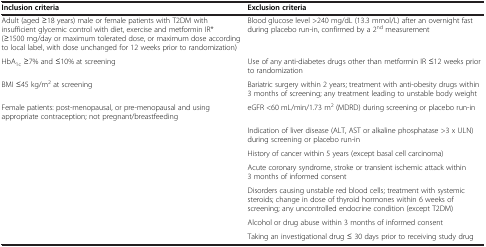
<table><thead><tr><td><b>Inclusion criteria</b></td><td><b>Exclusion criteria</b></td></tr></thead><tbody><tr><td>Adult (aged ≥18 years) male or female patients with T2DM with insufficient glycemic control with diet, exercise and metformin IR* (≥1500 mg/day or maximum tolerated dose, or maximum dose according to local label, with dose unchanged for 12 weeks prior to randomization)</td><td>Blood glucose level &gt;240 mg/dL (13.3 mmol/L) after an overnight fast during placebo run-in, confirmed by a 2<sup>nd</sup> measurement</td></tr><tr><td>HbA<sub>1c</sub> ≥7% and ≤10% at screening</td><td>Use of any anti-diabetes drugs other than metformin IR ≤12 weeks prior to randomization</td></tr><tr><td>BMI ≤45 kg/m<sup>2</sup> at screening</td><td>Bariatric surgery within 2 years; treatment with anti-obesity drugs within 3 months of screening; any treatment leading to unstable body weight</td></tr><tr><td>Female patients: post-menopausal, or pre-menopausal and using appropriate contraception; not pregnant/breastfeeding</td><td>eGFR &lt;60 mL/min/1.73 m<sup>2</sup> (MDRD) during screening or placebo run-in</td></tr><tr><td> </td><td>Indication of liver disease (ALT, AST or alkaline phosphatase &gt;3 x ULN) during screening or placebo run-in</td></tr><tr><td> </td><td>History of cancer within 5 years (except basal cell carcinoma)</td></tr><tr><td> </td><td>Acute coronary syndrome, stroke or transient ischemic attack within 3 months of informed consent</td></tr><tr><td> </td><td>Disorders causing unstable red blood cells; treatment with systemic steroids; change in dose of thyroid hormones within 6 weeks of screening; any uncontrolled endocrine condition (except T2DM)</td></tr><tr><td> </td><td>Alcohol or drug abuse within 3 months of informed consent</td></tr><tr><td> </td><td>Taking an investigational drug ≤ 30 days prior to receiving study drug</td></tr></tbody></table>